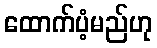
ထောက်ပံ့မည်ဟု